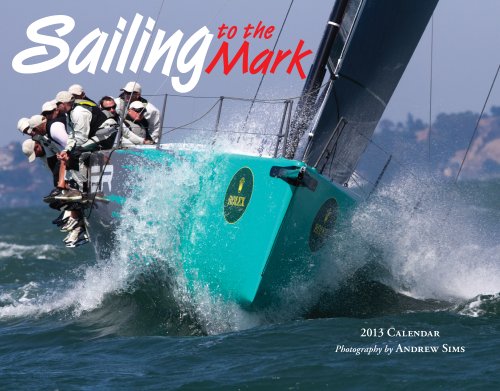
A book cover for Sailing to the Mark 2013 Calendar; Andrew Sims; Calendars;